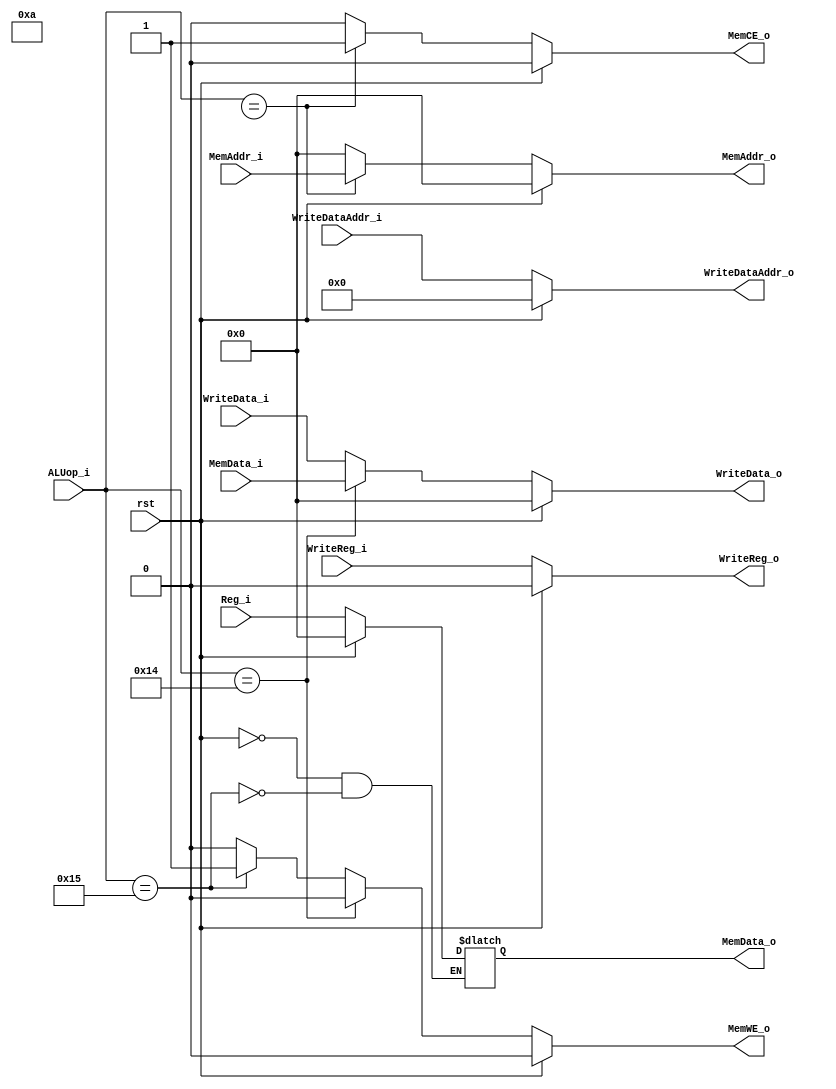
/*
 * Ask me anything: via repo/issue, or e-mail: vencifreeman16@sjtu.edu.cn.
 * School: Shanghai Jiao Tong University.

 * Description:
 * This file controls the read and write about data_mem.

 * Details:
 * - Read 32 bit data from data_mem if instruction is lw;
 * - Write 32 bit data into data_mem if instruction is sw;
 * - Do no operation if there is other instruction.

 * History:
 * - 19/12/05: Create this file;
 * - 19/12/23: Add module;
 * - 19/12/26: Update module;
 * - 19/12/28: Finished!

 * Notes:
 *
 */

module MEM (

    input   wire        rst,
    input   wire        WriteReg_i,
    input   wire[4:0]   WriteDataAddr_i,
    input   wire[4:0]   ALUop_i,
    input   wire[31:0]  WriteData_i,
    input   wire[31:0]  MemAddr_i,
    input   wire[31:0]  Reg_i,
    input   wire[31:0]  MemData_i,
    output  wire        MemWE_o,
    output  reg         WriteReg_o,
    output  reg         MemCE_o,
    output  reg [4:0]   WriteDataAddr_o,
    output  reg [31:0]  WriteData_o,
    output  reg [31:0]  MemAddr_o,
    output  reg [31:0]  MemData_o

);

    reg mem_we;
    assign MemWE_o = mem_we;

/*
 * This always part controls the signal WriteDataAddr_o.
 */ 
always @ (*) begin
    if (rst)
        WriteDataAddr_o <= 5'b0;
    else
        WriteDataAddr_o <= WriteDataAddr_i;
end

/*
 * This always part controls the signal WriteReg_o.
 */ 
always @ (*) begin
    if (rst)
        WriteReg_o <= 1'b0;
    else
        WriteReg_o <= WriteReg_i;
end

/*
 * This always part controls the signal MemData_o.
 */ 
always @ (*) begin
    if (rst)
        MemData_o <= 32'b0;
    else if (ALUop_i == 5'b10101)  // sw
        MemData_o <= Reg_i;
end

/*
 * This always part controls the signal WriteData_o.
 */ 
always @ (*) begin
    if (rst)
        WriteData_o <= 32'b0;
    else begin
        if (ALUop_i == 5'b10100)  // lw
            WriteData_o <= MemData_i;
        else
            WriteData_o <= WriteData_i;
    end
end

/*
 * This always part controls the signal MemAddr_o.
 */ 
always @ (*) begin
    if (rst)
        MemAddr_o <= 32'b0;
    else begin
        if (ALUop_i == 5'b1010x)  // lw or sw
            MemAddr_o <= MemAddr_i;
        else
            MemAddr_o <= 32'b0;
    end
end

/*
 * This always part controls the signal MemCE_o.
 */ 
always @ (*) begin
    if (rst)
        MemCE_o <= 1'b0;
    else begin
        if (ALUop_i == 5'b1010x)  // lw or sw
            MemCE_o <= 1'b1;
        else
            MemCE_o <= 1'b0;
    end
end

/*
 * This always part controls the signal mem_we.
 */ 
always @ (*) begin
    if (rst)
        mem_we <= 1'b0;
    else begin
        if (ALUop_i == 5'b10100)  // lw
            mem_we <= 1'b0;
        else if (ALUop_i == 5'b10101)  // sw
            mem_we <= 1'b1;
        else
            mem_we <= 1'b0;
    end
end

endmodule